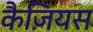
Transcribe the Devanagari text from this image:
कैज़ियस